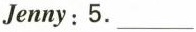
Jenny:5.___